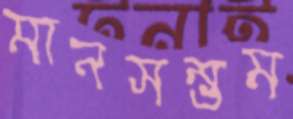
মানসম্ভ্রম